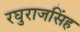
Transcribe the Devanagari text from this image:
रघुराजसिंह